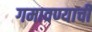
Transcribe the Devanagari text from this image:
गमावण्याची